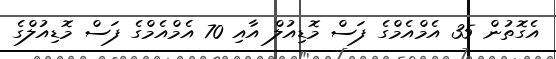
އެގޮތުން 35 އެމްއެމްގެ ފަސް މޮޑިއުލް އާއި 70 އެމްއެމްގެ ފަސް މޮޑިއުލްގެ